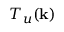
T _ { u } ( { \bf k } )